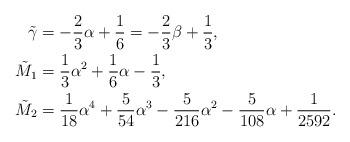
LaTeX: \begin{align*} \tilde{\gamma} & = -\frac{2}{3}\alpha + \frac{1}{6} = - \frac{2}{3} \beta + \frac{1}{3}, \\ \tilde{M}_1 & = \frac{1}{3} \alpha^2 + \frac{1}{6} \alpha - \frac{1}{3}, \\ \tilde{M}_2 & = \frac{1}{18} \alpha^4 + \frac{5}{54} \alpha^3 - \frac{5}{216} \alpha^2 - \frac{5}{108} \alpha + \frac{1}{2592}.\end{align*}